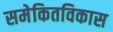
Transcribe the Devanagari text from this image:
समेकितविकास